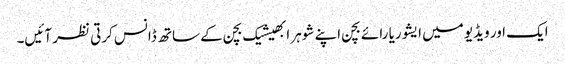
ایک اور ویڈیو میں ایشوریا رائے بچن اپنے شوہر ابھیشیک بچن کے ساتھ ڈانس کرتی نظر آئیں۔